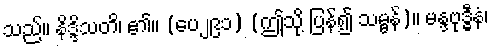
သည်။ နိဒ္ဒိသတိ၊ ၏။ (ပေ၂၉၁) (ဤသို့ ပြန်၍ သမ္ဗန်)။ မန္ဒဗုဒ္ဓီနံ၊